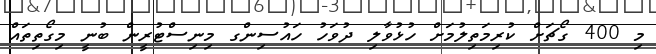
މި 400 ގޯޗަށް ކުރިމަތިލުމަށް ހުޅުވާލި ދުވަހު ހައުސިންގ މިނިސްޓުރީން ބުނީ މިގޯތިތައް